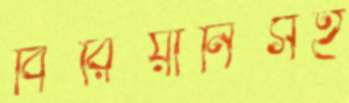
বিরিয়ানিসহ